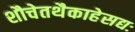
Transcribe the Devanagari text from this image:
शौचेतथैकाहेसद्यः